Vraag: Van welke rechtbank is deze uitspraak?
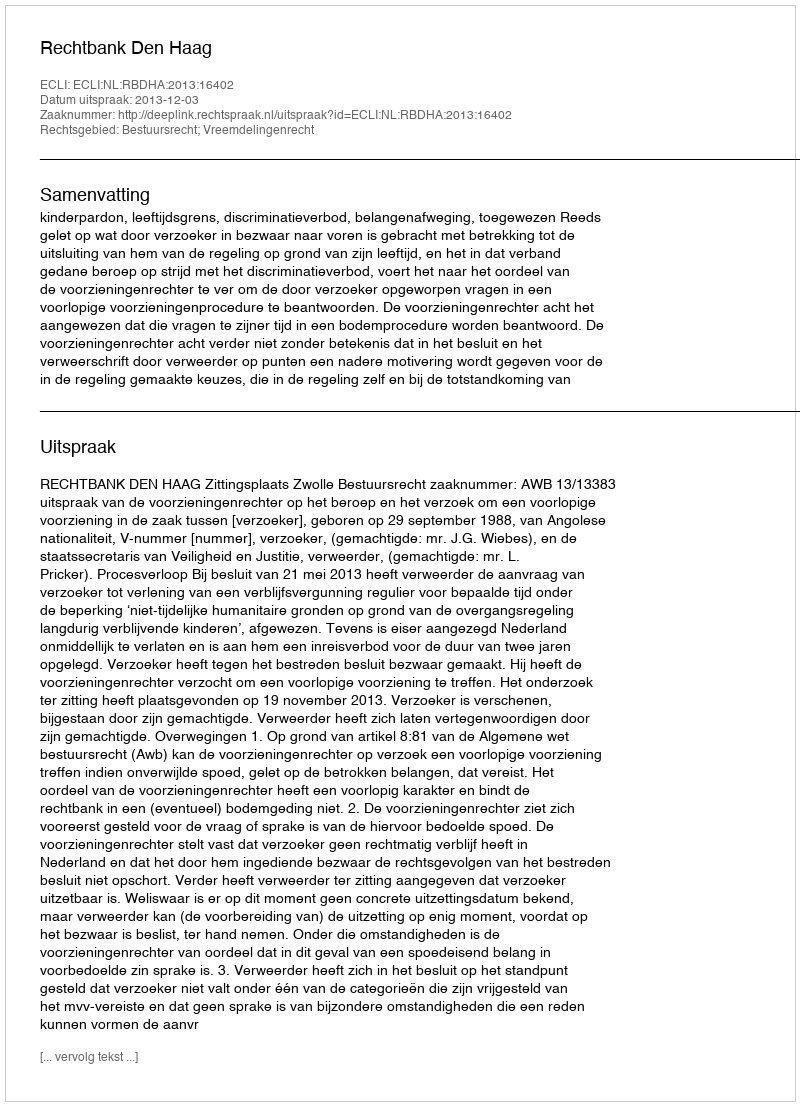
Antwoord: Rechtbank Den Haag